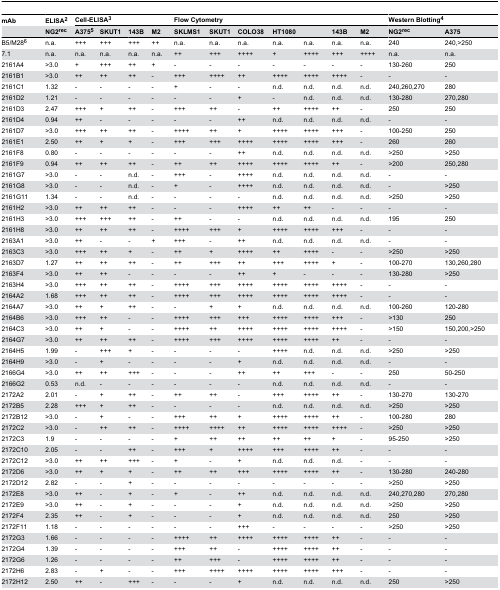
<table><thead><tr><td><b>mAb</b></td><td><b>ELISA<sup>2</sup></b></td><td colspan="4"><b>Cell-ELISA<sup>3</sup></b></td><td colspan="7"><b>Flow Cytometry</b></td><td colspan="2"><b>Western Blotting<sup>4</sup></b></td></tr><tr><td></td><td><b>NG2<sup>rec</sup></b></td><td><b>A375<sup>5</sup></b></td><td><b>SKUT1</b></td><td><b>143B</b></td><td><b>M2</b></td><td><b>SKLMS1</b></td><td><b>SKUT1</b></td><td><b>COLO38</b></td><td><b>HT1080</b></td><td></td><td><b>143B</b></td><td><b>M2</b></td><td><b>NG2<sup>rec</sup></b></td><td><b>A375</b></td></tr></thead><tbody><tr><td>B5/M28<sup>6</sup></td><td>n.a.</td><td>+++</td><td>+++</td><td>+++</td><td>++</td><td>n.a.</td><td>n.a.</td><td>n.a.</td><td>n.a.</td><td>n.a.</td><td>n.a.</td><td>n.a.</td><td>240</td><td>240,&gt;250</td></tr><tr><td>7.1</td><td>n.a.</td><td>n.a.</td><td>n.a.</td><td>n.a.</td><td>n.a.</td><td>++</td><td>+++</td><td>++++</td><td>+</td><td>++++</td><td>+++</td><td>++++</td><td>n.a.</td><td>n.a.</td></tr><tr><td>2161A4</td><td>&gt;3.0</td><td>+</td><td>+++</td><td>++</td><td>+</td><td>-</td><td>-</td><td>-</td><td>-</td><td>-</td><td>-</td><td>-</td><td>130-260</td><td>250</td></tr><tr><td>2161B1</td><td>&gt;3.0</td><td>++</td><td>++</td><td>++</td><td>-</td><td>+++</td><td>++++</td><td>++</td><td>++++</td><td>++++</td><td>++++</td><td>-</td><td>-</td><td>-</td></tr><tr><td>2161C1</td><td>1.32</td><td>-</td><td>-</td><td>-</td><td>-</td><td>+</td><td>-</td><td>-</td><td>n.d.</td><td>n.d.</td><td>n.d.</td><td>n.d.</td><td>240,260,270</td><td>280</td></tr><tr><td>2161D2</td><td>1.21</td><td>-</td><td>-</td><td>-</td><td>-</td><td>-</td><td>-</td><td>+</td><td>-</td><td>n.d.</td><td>n.d.</td><td>n.d.</td><td>130-280</td><td>270,280</td></tr><tr><td>2161D3</td><td>2.47</td><td>+++</td><td>+</td><td>++</td><td>-</td><td>+++</td><td>++</td><td>-</td><td>++</td><td>++++</td><td>++</td><td>-</td><td>250</td><td>250</td></tr><tr><td>2161D4</td><td>0.94</td><td>++</td><td>-</td><td>-</td><td>-</td><td>-</td><td>-</td><td>++</td><td>n.d.</td><td>n.d.</td><td>n.d.</td><td>n.d.</td><td>-</td><td>-</td></tr><tr><td>2161D7</td><td>&gt;3.0</td><td>+++</td><td>++</td><td>++</td><td>-</td><td>++++</td><td>++</td><td>+</td><td>++++</td><td>++++</td><td>+++</td><td>-</td><td>100-250</td><td>250</td></tr><tr><td>2161E1</td><td>2.50</td><td>++</td><td>+</td><td>+</td><td>-</td><td>+++</td><td>+++</td><td>++++</td><td>++++</td><td>++++</td><td>+++</td><td>-</td><td>260</td><td>260</td></tr><tr><td>2161F8</td><td>0.80</td><td>-</td><td>-</td><td>-</td><td>-</td><td>-</td><td>-</td><td>++</td><td>n.d.</td><td>n.d.</td><td>n.d.</td><td>n.d.</td><td>&gt;250</td><td>&gt;250</td></tr><tr><td>2161F9</td><td>0.94</td><td>++</td><td>++</td><td>++</td><td>-</td><td>++</td><td>++</td><td>++++</td><td>++++</td><td>++++</td><td>++</td><td>-</td><td>&gt;200</td><td>250,280</td></tr><tr><td>2161G7</td><td>&gt;3.0</td><td>-</td><td>-</td><td>n.d.</td><td>-</td><td>+++</td><td>-</td><td>++++</td><td>n.d.</td><td>n.d.</td><td>n.d.</td><td>n.d.</td><td>-</td><td>-</td></tr><tr><td>2161G8</td><td>&gt;3.0</td><td>-</td><td>-</td><td>n.d.</td><td>-</td><td>+</td><td>-</td><td>++++</td><td>n.d.</td><td>n.d.</td><td>n.d.</td><td>n.d.</td><td>-</td><td>&gt;250</td></tr><tr><td>2161G11</td><td>1.34</td><td>-</td><td>-</td><td>n.d.</td><td>-</td><td>-</td><td>-</td><td>-</td><td>n.d.</td><td>n.d.</td><td>n.d.</td><td>n.d.</td><td>&gt;250</td><td>&gt;250</td></tr><tr><td>2161H2</td><td>&gt;3.0</td><td>++</td><td>++</td><td>++</td><td>-</td><td>-</td><td>-</td><td>++++</td><td>++</td><td>++</td><td>-</td><td>-</td><td>-</td><td>-</td></tr><tr><td>2161H3</td><td>&gt;3.0</td><td>+++</td><td>+++</td><td>++</td><td>-</td><td>++</td><td>-</td><td>-</td><td>n.d.</td><td>n.d.</td><td>n.d.</td><td>n.d.</td><td>195</td><td>250</td></tr><tr><td>2161H8</td><td>&gt;3.0</td><td>++</td><td>++</td><td>++</td><td>-</td><td>++++</td><td>+++</td><td>+</td><td>++++</td><td>++++</td><td>+++</td><td>-</td><td>-</td><td>-</td></tr><tr><td>2163A1</td><td>&gt;3.0</td><td>++</td><td>-</td><td>-</td><td>+</td><td>+++</td><td>-</td><td>++</td><td>n.d.</td><td>n.d.</td><td>n.d.</td><td>n.d.</td><td>-</td><td>-</td></tr><tr><td>2163C3</td><td>&gt;3.0</td><td>+++</td><td>++</td><td>+</td><td>-</td><td>++</td><td>+</td><td>++++</td><td>++</td><td>++++</td><td>-</td><td>-</td><td>&gt;250</td><td>&gt;250</td></tr><tr><td>2163D7</td><td>1.27</td><td>++</td><td>++</td><td>++</td><td>-</td><td>++</td><td>+++</td><td>++</td><td>+++</td><td>++++</td><td>+</td><td>-</td><td>100-270</td><td>130,260,280</td></tr><tr><td>2163F4</td><td>&gt;3.0</td><td>++</td><td>++</td><td>-</td><td>-</td><td>-</td><td>-</td><td>++</td><td>+</td><td>-</td><td>-</td><td>-</td><td>130-280</td><td>&gt;250</td></tr><tr><td>2163H4</td><td>&gt;3.0</td><td>+++</td><td>++</td><td>++</td><td>-</td><td>++++</td><td>+++</td><td>++++</td><td>++++</td><td>++++</td><td>++++</td><td>-</td><td>-</td><td>-</td></tr><tr><td>2164A2</td><td>1.68</td><td>+++</td><td>++</td><td>++</td><td>-</td><td>++++</td><td>+++</td><td>++++</td><td>++++</td><td>++++</td><td>++++</td><td>-</td><td>-</td><td>-</td></tr><tr><td>2164A7</td><td>&gt;3.0</td><td>++</td><td>+</td><td>++</td><td>-</td><td>-</td><td>+</td><td>+</td><td>n.d.</td><td>n.d.</td><td>n.d.</td><td>n.d.</td><td>100-260</td><td>120-280</td></tr><tr><td>2164B6</td><td>&gt;3.0</td><td>+++</td><td>++</td><td>-</td><td>-</td><td>++++</td><td>+++</td><td>+++</td><td>++++</td><td>++++</td><td>+++</td><td>-</td><td>&gt;130</td><td>250</td></tr><tr><td>2164C3</td><td>&gt;3.0</td><td>++</td><td>+</td><td>-</td><td>-</td><td>++++</td><td>++</td><td>++++</td><td>++++</td><td>++++</td><td>++++</td><td>-</td><td>&gt;150</td><td>150,200,&gt;250</td></tr><tr><td>2164G7</td><td>&gt;3.0</td><td>++</td><td>++</td><td>++</td><td>-</td><td>++++</td><td>+++</td><td>++++</td><td>++++</td><td>++++</td><td>++</td><td>-</td><td>-</td><td>-</td></tr><tr><td>2164H5</td><td>1.99</td><td>-</td><td>+++</td><td>+</td><td>-</td><td>-</td><td>-</td><td>-</td><td>++++</td><td>n.d.</td><td>n.d.</td><td>n.d.</td><td>&gt;250</td><td>&gt;250</td></tr><tr><td>2164H9</td><td>&gt;3.0</td><td>-</td><td>+</td><td>-</td><td>-</td><td>-</td><td>-</td><td>+</td><td>n.d.</td><td>n.d.</td><td>n.d.</td><td>n.d.</td><td>-</td><td>-</td></tr><tr><td>2166G4</td><td>&gt;3.0</td><td>++</td><td>++</td><td>+++</td><td>-</td><td>-</td><td>-</td><td>++</td><td>++</td><td>+++</td><td>-</td><td>-</td><td>250</td><td>50-250</td></tr><tr><td>2166G2</td><td>0.53</td><td>n.d.</td><td>-</td><td>-</td><td>-</td><td>-</td><td>-</td><td>-</td><td>n.d.</td><td>n.d.</td><td>n.d.</td><td>n.d.</td><td>-</td><td>-</td></tr><tr><td>2172A2</td><td>2.01</td><td>-</td><td>+</td><td>++</td><td>-</td><td>++</td><td>++</td><td>-</td><td>+++</td><td>++++</td><td>++</td><td>-</td><td>130-270</td><td>130-270</td></tr><tr><td>2172B5</td><td>2.28</td><td>+++</td><td>+</td><td>++</td><td>-</td><td>-</td><td>-</td><td>-</td><td>n.d.</td><td>n.d.</td><td>n.d.</td><td>n.d.</td><td>&gt;250</td><td>&gt;250</td></tr><tr><td>2172B12</td><td>&gt;3.0</td><td>-</td><td>+</td><td>-</td><td>-</td><td>+++</td><td>++</td><td>+</td><td>++++</td><td>++++</td><td>++</td><td>-</td><td>100-280</td><td>280</td></tr><tr><td>2172C2</td><td>&gt;3.0</td><td>-</td><td>++</td><td>++</td><td>-</td><td>++++</td><td>++++</td><td>++</td><td>++++</td><td>++++</td><td>++++</td><td>-</td><td>&gt;250</td><td>&gt;250</td></tr><tr><td>2172C3</td><td>1.9</td><td>-</td><td>-</td><td>-</td><td>-</td><td>+</td><td>++</td><td>++</td><td>++</td><td>++</td><td>+</td><td>-</td><td>95-250</td><td>&gt;250</td></tr><tr><td>2172C10</td><td>2.05</td><td>-</td><td>-</td><td>++</td><td>-</td><td>+++</td><td>+</td><td>++++</td><td>+++</td><td>++++</td><td>++</td><td>-</td><td>-</td><td>-</td></tr><tr><td>2172C12</td><td>&gt;3.0</td><td>++</td><td>++</td><td>+++</td><td>-</td><td>+</td><td>-</td><td>+</td><td>n.d.</td><td>n.d.</td><td>n.d.</td><td>-</td><td>-</td><td>-</td></tr><tr><td>2172D6</td><td>&gt;3.0</td><td>++</td><td>+</td><td>+</td><td>-</td><td>++</td><td>++</td><td>+++</td><td>++++</td><td>++++</td><td>++</td><td>-</td><td>130-280</td><td>240-280</td></tr><tr><td>2172D12</td><td>2.82</td><td>-</td><td>-</td><td>+</td><td>-</td><td>-</td><td>-</td><td>-</td><td>-</td><td>-</td><td>-</td><td>-</td><td>&gt;250</td><td>&gt;250</td></tr><tr><td>2172E8</td><td>&gt;3.0</td><td>++</td><td>-</td><td>+</td><td>-</td><td>+</td><td>-</td><td>++</td><td>n.d.</td><td>n.d.</td><td>n.d.</td><td>n.d.</td><td>240,270,280</td><td>270,280</td></tr><tr><td>2172E9</td><td>&gt;3.0</td><td>++</td><td>-</td><td>+</td><td>-</td><td>-</td><td>-</td><td>+</td><td>n.d.</td><td>n.d.</td><td>n.d.</td><td>n.d.</td><td>&gt;250</td><td>&gt;250</td></tr><tr><td>2172F4</td><td>2.35</td><td>++</td><td>-</td><td>+</td><td>-</td><td>-</td><td>-</td><td>+</td><td>n.d.</td><td>n.d.</td><td>n.d.</td><td>n.d.</td><td>250</td><td>&gt;250</td></tr><tr><td>2172F11</td><td>1.18</td><td>-</td><td>-</td><td>-</td><td>-</td><td>-</td><td>-</td><td>+++</td><td>-</td><td>-</td><td>-</td><td>-</td><td>&gt;250</td><td>&gt;250</td></tr><tr><td>2172G3</td><td>1.66</td><td>-</td><td>-</td><td>-</td><td>-</td><td>++++</td><td>++</td><td>++++</td><td>++++</td><td>++++</td><td>++</td><td>-</td><td>-</td><td>-</td></tr><tr><td>2172G4</td><td>1.39</td><td>-</td><td>-</td><td>-</td><td>-</td><td>+++</td><td>++</td><td>-</td><td>++++</td><td>++++</td><td>++</td><td>-</td><td>-</td><td>-</td></tr><tr><td>2172G6</td><td>1.26</td><td>-</td><td>-</td><td>-</td><td>-</td><td>++</td><td>+++</td><td>-</td><td>++++</td><td>++++</td><td>++</td><td>-</td><td>-</td><td>-</td></tr><tr><td>2172H6</td><td>2.83</td><td>-</td><td>+</td><td>-</td><td>-</td><td>+++</td><td>++++</td><td>++++</td><td>++++</td><td>++++</td><td>+++</td><td>-</td><td>-</td><td>-</td></tr><tr><td>2172H12</td><td>2.50</td><td>++</td><td>-</td><td>+++</td><td>-</td><td>-</td><td>-</td><td>+</td><td>n.d.</td><td>n.d.</td><td>n.d.</td><td>n.d.</td><td>250</td><td>&gt;250</td></tr></tbody></table>